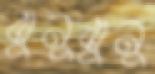
ঝুনুঝুনু